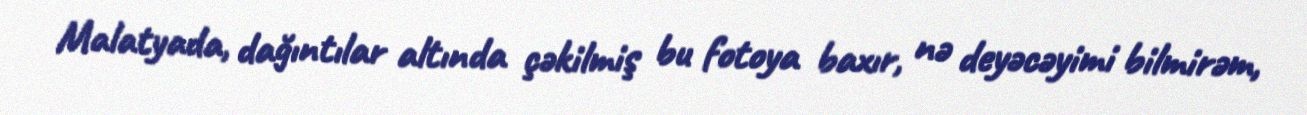
Malatyada, dağıntılar altında çəkilmiş bu fotoya baxır, nə deyəcəyimi bilmirəm,